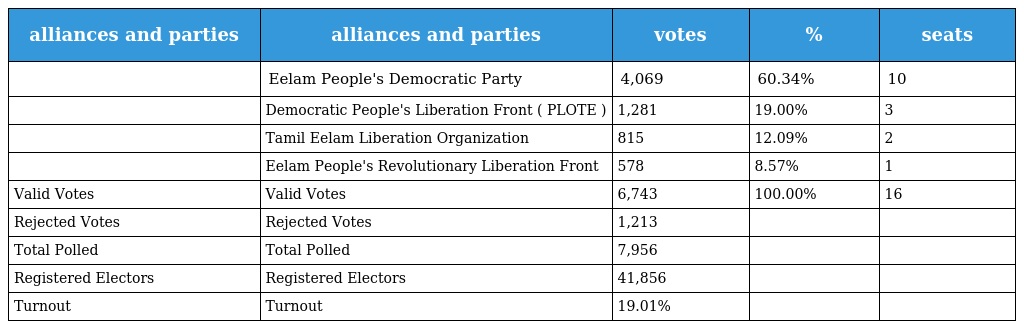
| alliances and parties | alliances and parties | votes | % | seats |
 | --- | --- | --- | --- | --- |
 |  | Eelam People's Democratic Party | 4,069 | 60.34% | 10 |
 |  | Democratic People's Liberation Front ( PLOTE ) | 1,281 | 19.00% | 3 |
 |  | Tamil Eelam Liberation Organization | 815 | 12.09% | 2 |
 |  | Eelam People's Revolutionary Liberation Front | 578 | 8.57% | 1 |
 | Valid Votes | Valid Votes | 6,743 | 100.00% | 16 |
 | Rejected Votes | Rejected Votes | 1,213 |  |  |
 | Total Polled | Total Polled | 7,956 |  |  |
 | Registered Electors | Registered Electors | 41,856 |  |  |
 | Turnout | Turnout | 19.01% |  |  |